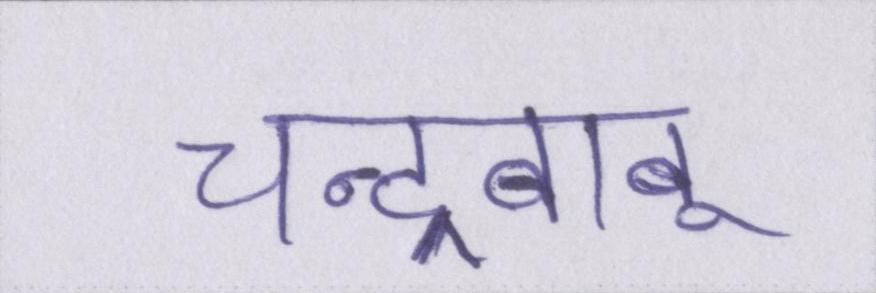
चन्द्रबाबू